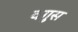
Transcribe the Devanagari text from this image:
वगुस